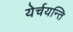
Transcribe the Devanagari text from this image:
येर्चयन्ति